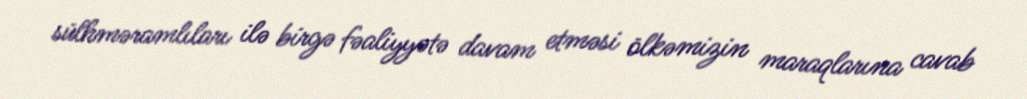
sülhməramlıları ilə birgə fəaliyyətə davam etməsi ölkəmizin maraqlarına cavab